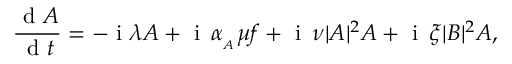
\frac { \mathrm { ~ d ~ } A } { \mathrm { ~ d ~ } t } = - \mathrm { ~ i ~ } \lambda A + \mathrm { ~ i ~ } \, \alpha _ { _ A } \mu f + \mathrm { ~ i ~ } \, \nu | A | ^ { 2 } A + \mathrm { ~ i ~ } \, \xi | B | ^ { 2 } A ,